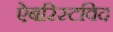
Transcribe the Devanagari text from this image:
ऐबरिस्टविद